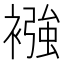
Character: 襁